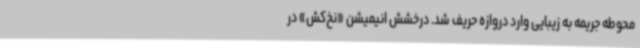
محوطه جریمه به زیبایی وارد دروازه حریف شد. درخشش انیمیشن «نخ‌کش» در